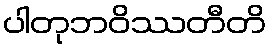
ပါတုဘဝိဿတီတိ